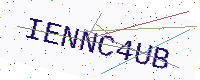
Text: IENNC4UB